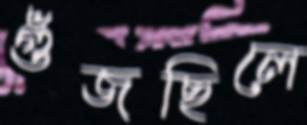
গুঁজছিলে